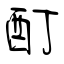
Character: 酊